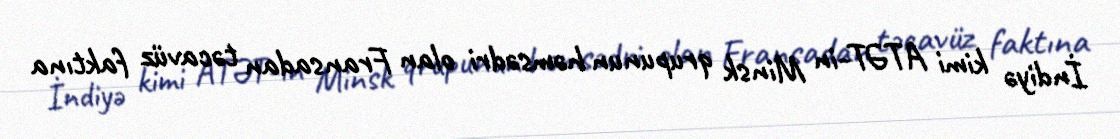
İndiyə kimi ATƏT-in Minsk qrupunun həmsədri olan Fransadan təcavüz faktına